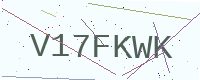
Text: V17FKWK